system: You are a helpful assistant.
user:
Analyze the provided spectrum to determine if it is a **White Dwarf (WD)**.

A White Dwarf spectrum is defined by its **extreme purity** (due to gravitational settling) and/or **extreme pressure broadening** (due to high surface gravity). You must check for one of the following mutually exclusive signatures:

- **Key Visual Indicators (Check for ONE of these types):**

    - **1. DA-Type Signature (Most Common):**
        - **(Primary Feature):** Extreme pressure broadening (Stark broadening) of the **Hydrogen (H) Balmer lines**.
        - **(Key Lines):** $H\beta$ (approx. $4861$ Å) and $H\gamma$ (approx. $4340$ Å). $H\alpha$ (approx. $6563$ Å) will also be present if the wavelength range covers it.
        - **(Line Profile):** This is the **defining feature**. The lines are **NOT** sharp. They appear as massive, **extremely broad and deep "troughs" or "dips"** in the spectrum, often hundreds of Ångströms wide. The continuum will appear to "scoop" down at these wavelengths.
        - **(Distinction):** Normal A-type or B-type stars have *narrow* and *sharp* Hydrogen lines. A DA White Dwarf's lines are unmistakably "smeared" or "blurry" from pressure.

    - **2. DB-Type Signature:**
        - **(Primary Feature):** Broad absorption lines from **Neutral Helium (He I)**. The spectrum must lack any visible Hydrogen lines.
        - **(Key Lines):** Look for broad absorption near $4471$ Å, $4921$ Å, and $5876$ Å.
        - **(Line Profile):** These lines are also significantly pressure-broadened, appearing much wider than they would in a normal B-type main-sequence star.

    - **3. DC-Type Signature:**
        - **(Primary Feature):** A **featureless continuous spectrum**.
        - **(Line Profile):** The spectrum is a smooth curve with **no significant absorption or emission lines**.
        - **(Key Confirmation):** The continuum is almost always **blue or white**, indicating a hot object. This signature implies the atmosphere is so pure (or so cool) that no spectral lines are visible in the optical range. Its WD identity is confirmed by its extremely low intrinsic brightness (high absolute magnitude).

    - **4. DZ-Type Signature (Metal-Polluted):**
        - **(Primary Feature):** **Isolated, narrow metal absorption lines** on an otherwise featureless (DC-like) continuum.
        - **(Key Lines):** The **Calcium (Ca II) H & K doublet** (approx. **$3934$ Å** and **$3968$ Å**) is the most common and defining feature.
        - **(Line Profile):** These lines are "out of place." They are *not* part of a "forest" of thousands of lines. This signature is evidence of recent *accretion* (pollution) from rocky debris.
        - **(Distinction):** Normal G/K/M stars have a *dense forest* of thousands of metal lines. A DZ has a *clean* continuum with *only a few* strong metal lines.

    - **5. DQ-Type Signature (Carbon-Polluted):**
        - **(Primary Feature):** Absorption bands from **Carbon (C₂ "Swan Bands" or atomic C I)**.
        - **(Key Lines - C₂):** Look for bandheads with a "saw-tooth" shape near $5635$ Å, **$5165$ Å** (strongest), and $4737$ Å.
        - **(Key Confirmation):** The underlying **continuum must be blue or white** (hot).
        - **(Distinction):** This is the critical difference from a **Carbon Star**, which has the *exact same* C₂ bands but on an extremely **red, cool** continuum.

- **(Overall Spectrum):**
    - The continuum (overall shape) is typically **blue-sloping** (brighter in the blue than the red), as most white dwarfs are very hot.
    - The spectrum will look "pure" or "simple," dominated by only *one* of the five signatures listed above.

Think first, call **spectral_visualization_tool** if needed to examine features in detail, then provide your final answer. Your response must adhere to the following strict rules:
1.  **Overall Structure:** Your response must follow the format `<think>...</think> <tool_call>...</tool_call> (if a tool is used) <answer>...</answer>`.
2.  **Tool Usage Constraint:** You may only make **one** tool call per turn.
3.  **Final Answer Format:** In the `<answer>` tag, your conclusion must be inside a `\boxed{}` command (e.g., `\boxed{YES}` or `\boxed{NO}`), followed by your justification.

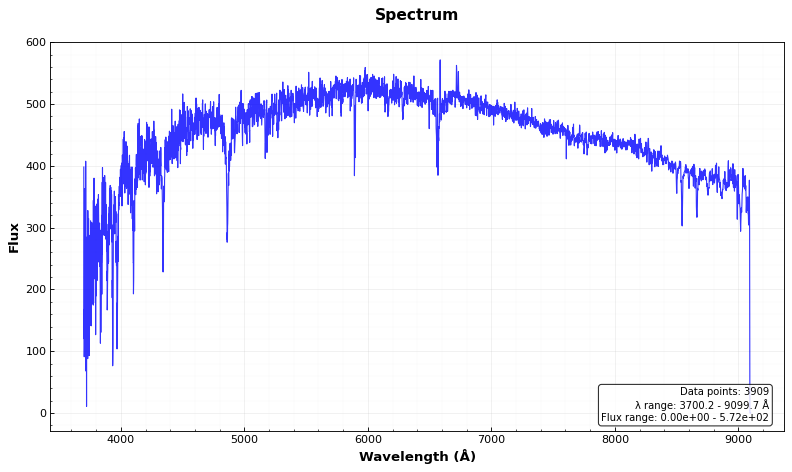
Answer: NO